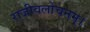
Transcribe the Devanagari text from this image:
राजीवलोचनम्‌।